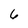
Character: 6